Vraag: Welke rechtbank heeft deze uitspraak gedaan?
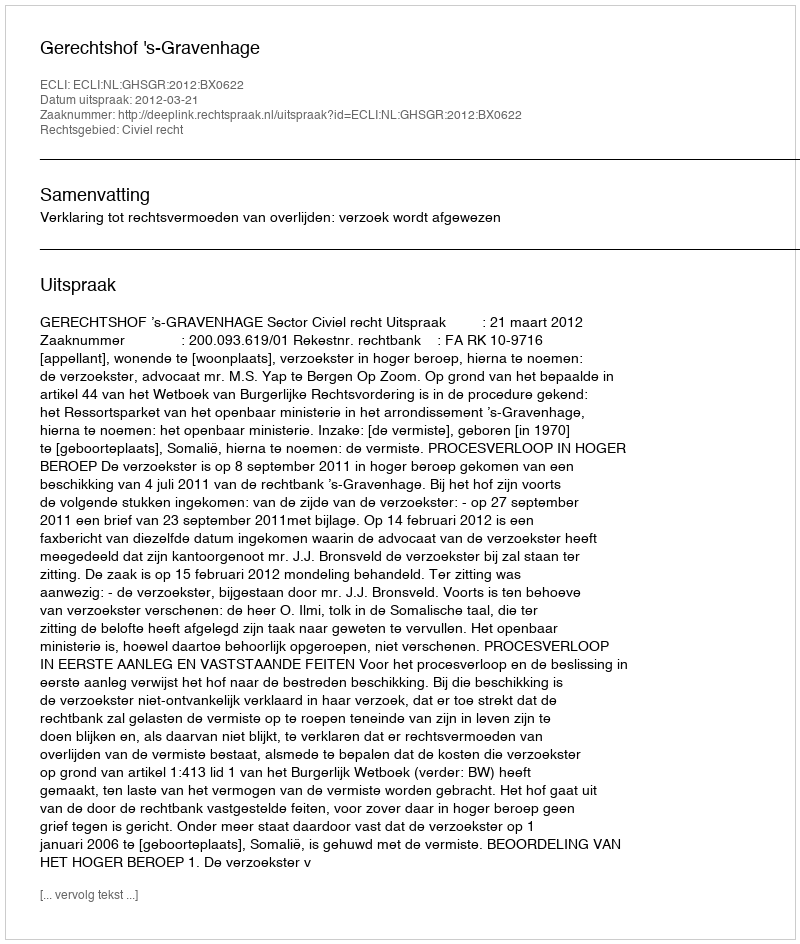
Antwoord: Gerechtshof 's-Gravenhage